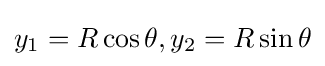
y_{1}=R\cos \theta ,y_{2}=R\sin \theta